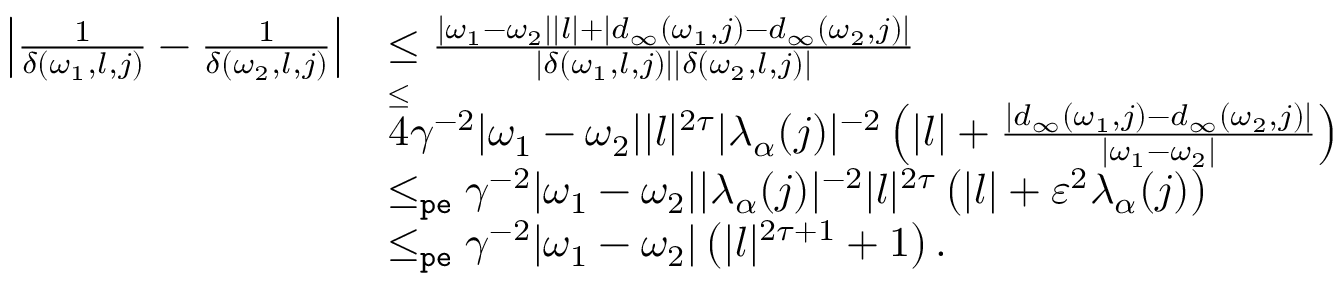
\begin{array} { r l } { \left| \frac { 1 } { \delta ( \omega _ { 1 } , l , j ) } - \frac { 1 } { \delta ( \omega _ { 2 } , l , j ) } \right| } & { \le \frac { | \omega _ { 1 } - \omega _ { 2 } | | l | + | d _ { \infty } ( \omega _ { 1 } , j ) - d _ { \infty } ( \omega _ { 2 } , j ) | } { | \delta ( \omega _ { 1 } , l , j ) | | \delta ( \omega _ { 2 } , l , j ) | } } \\ & { \overset \le 4 \gamma ^ { - 2 } | \omega _ { 1 } - \omega _ { 2 } | | l | ^ { 2 \tau } | \lambda _ { \alpha } ( j ) | ^ { - 2 } \left( | l | + \frac { | d _ { \infty } ( \omega _ { 1 } , j ) - d _ { \infty } ( \omega _ { 2 } , j ) | } { | \omega _ { 1 } - \omega _ { 2 } | } \right) } \\ & { \le _ { \mathtt { p e } } \gamma ^ { - 2 } | \omega _ { 1 } - \omega _ { 2 } | | \lambda _ { \alpha } ( j ) | ^ { - 2 } | l | ^ { 2 \tau } \left( | l | + \varepsilon ^ { 2 } \lambda _ { \alpha } ( j ) \right) } \\ & { \le _ { \mathtt { p e } } \gamma ^ { - 2 } | \omega _ { 1 } - \omega _ { 2 } | \left( | l | ^ { 2 \tau + 1 } + 1 \right) . } \end{array}